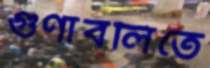
গুণাবলিতে